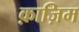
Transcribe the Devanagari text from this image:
क़ाज़िम